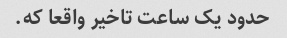
حدود یک ساعت تاخیر واقعا که.